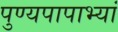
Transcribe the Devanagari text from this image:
पुण्यपापाभ्यां